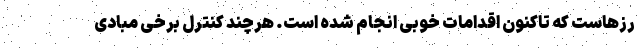
رزهاست که تاکنون اقدامات خوبی انجام شده است. هرچند کنترل برخی مبادی